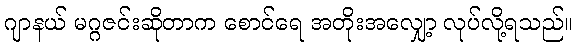
ဂျာနယ် မဂ္ဂဇင်းဆိုတာက စောင်ရေ အတိုးအလျှော့ လုပ်လို့ရသည်။